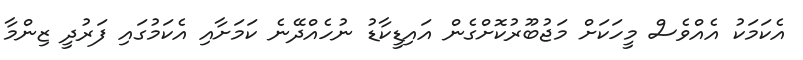
އެކަމަކު އެއްވެސް މީހަކަށް މަޖުބޫރުކޮށްގެން އައިޑީކާޑު ނުހެއްދޭނެ ކަމަށާއި އެކަމުގައި ފަރުދީ ޒިންމާ